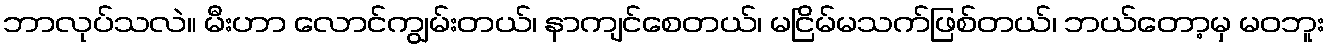
ဘာလုပ်သလဲ။ မီးဟာ လောင်ကျွမ်းတယ်၊ နာကျင်စေတယ်၊ မငြိမ်မသက်ဖြစ်တယ်၊ ဘယ်တော့မှ မဝဘူး